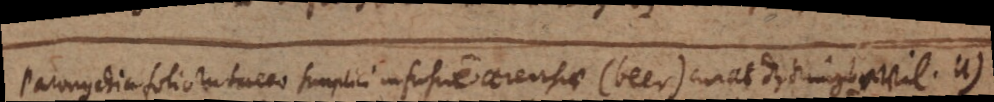
Paronychia folio rubaceo simplici infusione cerevisiae (beer) curat das kings evil. u)